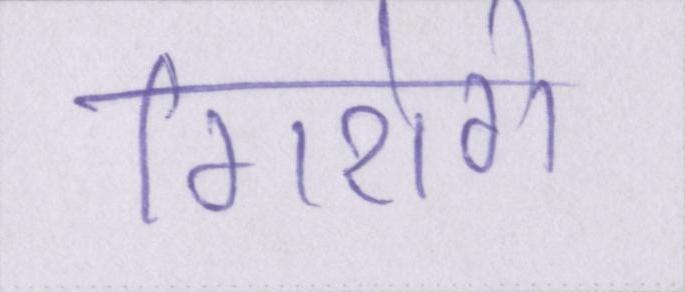
गिरोगे